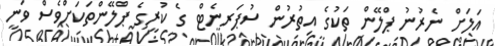
އަލަށް ނެރުނު ޕްލޭން ތަކުގެ އިތުރުން ސުޕަރނެޓް ގެ ކުރީގެ ޕްލޭންތަކަށްވެސް ވަނީ